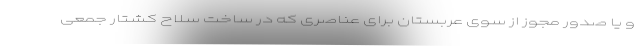
و یا صدور مجوز از سوی عربستان برای عناصری که در ساخت سلاح کشتار جمعی